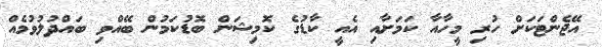
އޭޖެންޓަކަށް ހުރި މީހާއާ ކަމަށާއި އެއީ ކާޑުގެ ކޮމިޝަން ބޮޑުކަމުން ބޭއްވި ބައްދުލުވުމެއް